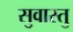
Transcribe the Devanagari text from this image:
सुवास्तु